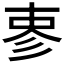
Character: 𪫈